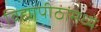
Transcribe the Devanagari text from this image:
विद्यापीठांमध्‍ये